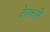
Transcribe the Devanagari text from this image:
देवाकानि